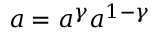
a = a ^ { \gamma } a ^ { 1 - \gamma }